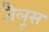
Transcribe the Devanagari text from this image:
जैलूस